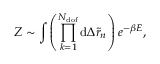
Z \sim \int { \left( \prod _ { k = 1 } ^ { N _ { \mathrm { d o f } } } { \mathrm { d } \Delta \tilde { r } _ { n } } \right) e ^ { - \beta E } } ,